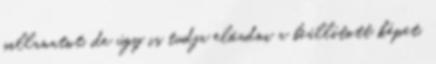
pillanatot, de úgy is tudja előadni a beállított képet,